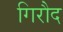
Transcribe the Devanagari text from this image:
गिरौद